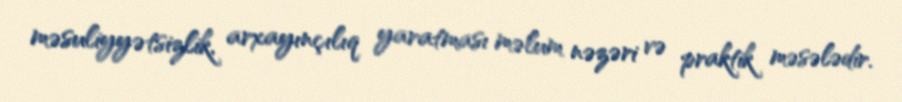
məsuliyyətsizlik, arxayınçılıq yaratması məlum nəzəri və praktik məsələdir.